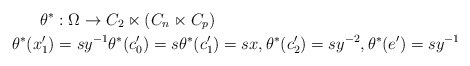
\begin{align*}\theta^{\ast} & :\Omega\rightarrow C_{2}\ltimes(C_{n}\ltimes C_{p})\\\theta^{\ast}(x_{1}^{\prime}) & =sy^{-1}\theta^{\ast}(c_{0}^{\prime})=s\theta^{\ast}(c_{1}^{\prime})=sx,\theta^{\ast}(c_{2}^{\prime})=sy^{-2},\theta^{\ast}(e^{\prime})=sy^{-1}\end{align*}